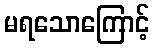
မရသောကြောင့်